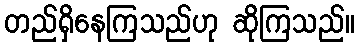
တည်ရှိနေကြသည်ဟု ဆိုကြသည်။